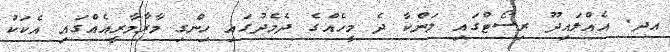
އދ. އެއްލައިދޫ ރިސޯޓްގައި ލަންކާ ދެ މީހެއްގެ ދެމެދުގައި ހިންގި މާރާމާރީއެއްގައި އެކަކު